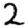
Digit: 2